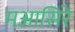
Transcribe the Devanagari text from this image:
मआसिरे